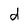
Character: d